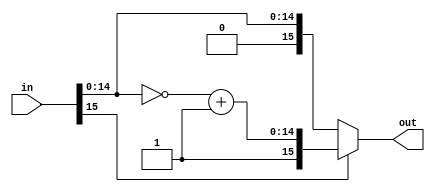
`timescale 1ns/1ps

/*********************************** twos complement of signed 16-bit numbers******************************************************/

module twos_complement(in,out);
  input [15:0] in;
  output [15:0] out;
  reg signed [15:0] out;
  reg signed [14:0] y;

  always @* begin
    if(in[15]==1'b1) begin
      y = ~(in)+1'b1;
      out = {1'b1,y};
    end
    else begin
      out <= in;
    end
  end

endmodule


/********************************inverse twos complement of signed 16-bit numbers***************************************************/

module inv_two(in ,out);
input [15:0] in;
output [15:0] out;
wire signed [15:0] in;
reg [14:0] y;
  reg [15:0] out;
  
  always @* begin
  if (in[15]==1) begin
    y = in-1;
    out = {1'b1,~y};
  end
  else begin
    out = in;
  end
  end

endmodule


/********************************************to show value in decimal value ,run in sep***********/
// module to_decimal;
  
//   reg signed [15:0] out0_real=16'b0001110000000000;
//   reg signed [15:0] out1_real=16'b1000010000000000;
//   reg signed [15:0] out2_real=16'b1000010000000000;
//   reg signed [15:0] out3_real=16'b1000010000000000; 
//   reg signed [15:0] out4_real=16'b1000010000000000;
//   reg signed [15:0] out5_real=16'b1000010000000000;
//   reg signed [15:0] out6_real=16'b1000010000000000;
//   reg signed [15:0] out7_real=16'b1000010000000000;
  
//   reg signed [15:0] out0_imag=16'b0000000000000000; 
//   reg signed [15:0] out1_imag=16'b0000100110101000; 
//   reg signed [15:0] out2_imag=16'b0000010000000000; 
//   reg signed [15:0] out3_imag=16'b0000000110101000; 
//   reg signed [15:0] out4_imag=16'b0000000000000000; 
//   reg signed [15:0] out5_imag=16'b1000000110101000; 
//   reg signed [15:0] out6_imag=16'b1000010000000000; 
//   reg signed [15:0] out7_imag=16'b1000100110101000; 



//   initial begin
//      $display("real part =%f and imaginary part=(%f) ",out0_real*2.0**-8,out0_imag*2.0**-8);
// 	 $display("real part =%f and imaginary part=(%f) ",out1_real*2.0**-8,out1_imag*2.0**-8);
// 	 $display("real part =%f and imaginary part=(%f) ",out2_real*2.0**-8,out2_imag*2.0**-8);
// 	 $display("real part =%f and imaginary part=(%f) ",out3_real*2.0**-8,out3_imag*2.0**-8);
// 	 $display("real part =%f and imaginary part=(%f) ",out4_real*2.0**-8,out4_imag*2.0**-8);
// 	 $display("real part =%f and imaginary part=(%f) ",out5_real*2.0**-8,out5_imag*2.0**-8);
// 	 $display("real part =%f and imaginary part=(%f) ",out6_real*2.0**-8,out6_imag*2.0**-8);
// 	 $display("real part =%f and imaginary part=(%f) ",out7_real*2.0**-8,out7_imag*2.0**-8);
	 
	 
//    end

//  endmodule




/***********************************main code******************************************************/

module eight_point_fft(CLK, RST_N, in0_real, in0_imag, in1_real, in1_imag, in2_real, in2_imag, in3_real, in3_imag, in4_real, in4_imag, in5_real, in5_imag, in6_real, in6_imag, in7_real, in7_imag, out0_real, out0_imag, out1_real, out1_imag, out2_real, out2_imag, out3_real, out3_imag, out4_real, out4_imag, out5_real, out5_imag, out6_real, out6_imag, out7_real, out7_imag  ,write, start, ready);

input CLK, RST_N, write, start;
input [15:0] in0_real, in0_imag, in1_real, in1_imag, in2_real, in2_imag, in3_real, in3_imag, in4_real, in4_imag, in5_real, in5_imag, in6_real, in6_imag, in7_real, in7_imag;
output [15:0] out0_real, out0_imag, out1_real, out1_imag, out2_real, out2_imag, out3_real, out3_imag, out4_real, out4_imag, out5_real, out5_imag, out6_real, out6_imag, out7_real, out7_imag;
output ready;

reg ready;

wire [15:0] in0_real, in0_imag, in1_real, in1_imag, in2_real, in2_imag, in3_real, in3_imag, in4_real, in4_imag, in5_real, in5_imag, in6_real, in6_imag, in7_real, in7_imag;
reg [15:0] out0_real, out0_imag, out1_real, out1_imag, out2_real, out2_imag, out3_real, out3_imag, out4_real, out4_imag, out5_real, out5_imag, out6_real, out6_imag, out7_real, out7_imag;
wire signed [15:0] in0_r, in1_r, in2_r, in3_r, in4_r, in5_r, in6_r, in7_r, in0_i, in1_i, in2_i, in3_i, in4_i, in5_i, in6_i, in7_i;
reg signed [15:0] x0_r, x1_r, x2_r, x3_r, x4_r, x5_r, x6_r, x7_r, x0_i, x1_i, x2_i, x3_i, x4_i, x5_i, x6_i, x7_i;
wire signed [15:0] e0_r, e1_r, e2_r, e3_r, e4_r, e5_r, e6_r, e7_r, e0_i, e1_i, e2_i, e3_i, e4_i, e5_i, e6_i, e7_i;
reg signed [15:0] X0_r, X1_r, X2_r, X3_r, X4_r, X5_r, X6_r, X7_r, X0_i, X1_i, X2_i, X3_i, X4_i, X5_i, X6_i, X7_i;
wire [15:0] out0_r, out1_r, out2_r, out3_r, out4_r, out5_r, out6_r, out7_r, out0_i, out1_i, out2_i, out3_i, out4_i, out5_i, out6_i, out7_i;

// We need to convert the signed 16-bit fixed point quantity inputs into their 2's complement

twos_complement two0(in0_real,in0_r);
twos_complement two1(in1_real,in1_r);
twos_complement two2(in2_real,in2_r);
twos_complement two3(in3_real,in3_r);
twos_complement two4(in4_real,in4_r);
twos_complement two5(in5_real,in5_r);
twos_complement two6(in6_real,in6_r);
twos_complement two7(in7_real,in7_r);
twos_complement two8(in0_imag,in0_i);
twos_complement two9(in1_imag,in1_i);
twos_complement two10(in2_imag,in2_i);
twos_complement two11(in3_imag,in3_i);
twos_complement two12(in4_imag,in4_i);
twos_complement two13(in5_imag,in5_i);
twos_complement two14(in6_imag,in6_i);
twos_complement two15(in7_imag,in7_i);

// We need to convert the  2's complement output values  into their signed 16-bit fixed point quantity 
/**************comment this block when you want that in two complement ***********/
inv_two invTwo0(X0_r,out0_r);
inv_two invTwo1(X1_r,out1_r);
inv_two invTwo2(X2_r,out2_r);
inv_two invTwo3(X3_r,out3_r);
inv_two invTwo4(X4_r,out4_r);
inv_two invTwo5(X5_r,out5_r);
inv_two invTwo6(X6_r,out6_r);
inv_two invTwo7(X7_r,out7_r);
inv_two invTwo8(X0_i,out0_i);
inv_two invTwo9(X1_i,out1_i);
inv_two invTwo10(X2_i,out2_i);
inv_two invTwo11(X3_i,out3_i);
inv_two invTwo12(X4_i,out4_i);
inv_two invTwo13(X5_i,out5_i);
inv_two invTwo14(X6_i,out6_i);
inv_two invTwo15(X7_i,out7_i);


// twos_complement invTwo0(X0_r,out0_r);
// twos_complement invTwo1(X1_r,out1_r);
// twos_complement invTwo2(X2_r,out2_r);
// twos_complement invTwo3(X3_r,out3_r);
// twos_complement invTwo4(X4_r,out4_r);
// twos_complement invTwo5(X5_r,out5_r);
// twos_complement invTwo6(X6_r,out6_r);
// twos_complement invTwo7(X7_r,out7_r);
// twos_complement invTwo8(X0_i,out0_i);
// twos_complement invTwo9(X1_i,out1_i);
// twos_complement invTwo10(X2_i,out2_i);
// twos_complement invTwo11(X3_i,out3_i);
// twos_complement invTwo12(X4_i,out4_i);
// twos_complement invTwo13(X5_i,out5_i);
// twos_complement invTwo14(X6_i,out6_i);
// twos_complement invTwo15(X7_i,out7_i);

// DIVIDE AND CONQUER APPROACH
// We will calculate  8-point FFT using 2 radix 4-point DFT  of even sequences and odd sequences and proceed

// 4-POINT DFT IS GIVEN AS :

// X(0) = x(0) +  x(1) + x(2) +  x(3)
// X(1) = x(0) - jx(1) + x(2) + jx(3)
// X(2) = x(0) - x(1)  + x(2) -  x(3)
// X(3) = x(0) - jx(1) + x(2) + jx(3)

// 4-POINT DFT OF x[0], x[2], x[4] & x[6] WILL BE :

assign e0_r = x0_r + x2_r + x4_r + x6_r;
assign e0_i = x0_i + x2_i + x4_i + x6_i;

assign e1_r = x0_r + x2_i - x4_r - x6_i;
assign e1_i = x0_i - x2_r - x4_i + x6_r;

assign e2_r = x0_r - x2_r + x4_r - x6_r;
assign e2_i = x0_i - x2_i + x4_i - x6_i;

assign e3_r = x0_r - x2_i - x4_r + x6_i;
assign e3_i = x0_i + x2_r - x4_i - x6_r;


// 4-POINT DFT OF x[1], x[3], x[5] & x[7] WILL BE :

assign e4_r = x1_r + x3_r + x5_r + x7_r;
assign e4_i = x1_i + x3_i + x5_i + x7_i;

assign e5_r = x1_r + x3_i - x5_r - x7_i;
assign e5_i = x1_i - x3_r - x5_i + x7_r;

assign e6_r = x1_r - x3_r + x5_r - x7_r;
assign e6_i = x1_i - x3_i + x5_i - x7_i;

assign e7_r = x1_r - x3_i - x5_r + x7_i;
assign e7_i = x1_i + x3_r - x5_i - x7_r;

localparam w18_stage3_1=16'b0000000101001010;

always @(posedge CLK) begin
if (~RST_N) begin
	ready <= 1'b0;
end
else begin
	if (write) begin

    // 2's complement of the inputs are given to x
		x0_r <= in0_r;
		x1_r <= in1_r;
		x2_r <= in2_r;
		x3_r <= in3_r;
		x4_r <= in4_r;
		x5_r <= in5_r;
		x6_r <= in6_r;
		x7_r <= in7_r;
		
		x0_i <= in0_i;
		x1_i <= in1_i;
		x2_i <= in2_i;
		x3_i <= in3_i;
		x4_i <= in4_i;
		x5_i <= in5_i;
		x6_i <= in6_i;
		x7_i <= in7_i;
	end
	
	if (start) begin
                
                // The outputs from radix4-point DFT in stage 1 are given as inputs in 2nd stage 

		            X0_r <= e0_r + e4_r;
                X0_i <= e0_i + e4_i;

                 X1_r <= e1_r + ((e5_r>>>1)+(e5_r>>>3)+(e5_r>>>4)+(e5_r>>>6)+(e5_r>>>8)) + ((e5_i>>>1)+(e5_i>>>3)+(e5_i>>>4)+(e5_i>>>6)+(e5_i>>>8));
                 X1_i <= e1_i + ((e5_i>>>1)+(e5_i>>>3)+(e5_i>>>4)+(e5_i>>>6)+(e5_i>>>8)) - ((e5_r>>>1)+(e5_r>>>3)+(e5_r>>>4)+(e5_r>>>6)+(e5_r>>>8));
				
		            // X1_r <= e1_r +(e5_r)*(w18_stage3_1) +(e5_i)*(w18_stage3_1);
                // X1_i <= e1_i + (e5_i*w18_stage3_1)  - (e5_r*w18_stage3_1);
                // $monitor("X1_i = %b \n w18_stage3_1 = %b ", X1_i,w18_stage3_1);

                X2_r <= e2_r + e6_i;
                X2_i <= e2_i - e6_r;

                X3_r <= e3_r - ((e7_r>>>1)+(e7_r>>>3)+(e7_r>>>4)+(e7_r>>>6)+(e7_r>>>8)) + ((e7_i>>>1)+(e7_i>>>3)+(e7_i>>>4)+(e7_i>>>6)+(e7_i>>>8));
                X3_i <= e3_i - ((e7_i>>>1)+(e7_i>>>3)+(e7_i>>>4)+(e7_i>>>6)+(e7_i>>>8)) - ((e7_r>>>1)+(e7_r>>>3)+(e7_r>>>4)+(e7_r>>>6)+(e7_r>>>8));
				
                // X3_r <= e3_r - (e7_r*w18_stage3_1) + (e7_i*w18_stage3_1);
                // X3_i <= e3_i - (e7_i*w18_stage3_1) - (e7_r*w18_stage3_1);

                X4_r <= e0_r - e4_r;
                X4_i <= e0_i - e4_i;

                X5_r <= e1_r - ((e5_r>>>1)+(e5_r>>>3)+(e5_r>>>4)+(e5_r>>>6)+(e5_r>>>8)) - ((e5_i>>>1)+(e5_i>>>3)+(e5_i>>>4)+(e5_i>>>6)+(e5_i>>>8));
                X5_i <= e1_i - ((e5_i>>>1)+(e5_i>>>3)+(e5_i>>>4)+(e5_i>>>6)+(e5_i>>>8)) + ((e5_r>>>1)+(e5_r>>>3)+(e5_r>>>4)+(e5_r>>>6)+(e5_r>>>8));

                // X5_r <= e1_r - (e5_r*w18_stage3_1) - (e5_i*w18_stage3_1);
                // X5_i <= e1_i - (e5_i*w18_stage3_1) + (e5_r*w18_stage3_1);

                X6_r <= e2_r - e6_i;
                X6_i <= e2_i + e6_r;

                X7_r <= e3_r + ((e7_r>>>1)+(e7_r>>>3)+(e7_r>>>4)+(e7_r>>>6)+(e7_r>>>8)) - ((e7_i>>>1)+(e7_i>>>3)+(e7_i>>>4)+(e7_i>>>6)+(e7_i>>>8));
                X7_i <= e3_i + ((e7_i>>>1)+(e7_i>>>3)+(e7_i>>>4)+(e7_i>>>6)+(e7_i>>>8)) + ((e7_r>>>1)+(e7_r>>>3)+(e7_r>>>4)+(e7_r>>>6)+(e7_r>>>8));

                // X7_r <= e3_r + (e7_r*w18_stage3_1) - (e7_i*w18_stage3_1);
                // X7_i <= e3_i + (e7_i*w18_stage3_1) + (e7_i*w18_stage3_1);

		// inverse 2's complement of the outputs X of FFT are given to output
/***uncomment for usual sign bit notations  and comment when you want in twos complement form for decimal conversion****************************************/
    out0_real = out0_r;
		out0_imag = out0_i;
		out1_real = out1_r;
		out1_imag = out1_i;
		out2_real = out2_r;
		out2_imag = out2_i;
		out3_real = out3_r;
		out3_imag = out3_i;
		out4_real = out4_r;
		out4_imag = out4_i;
		out5_real = out5_r;
		out5_imag = out5_i;
		out6_real = out6_r;
		out6_imag = out6_i;
		out7_real = out7_r;
		out7_imag = out7_i;

/**uncomment  for getting result in two complment form to convert into decimal form and comment when for usual sign bit notations***/
                // out0_real = b1_r;
                // out0_imag = b1_i;
                // out1_real = b2_r;
                // out1_imag = b2_i;
                // out2_real = b3_r;
                // out2_imag = b3_i;
                // out3_real = b4_r;
                // out3_imag = b4_i;
                // out4_real = b5_r;
                // out4_imag = b5_i;
                // out5_real = b6_r;
                // out5_imag = b6_i;
                // out6_real = b7_r;
                // out6_imag = b7_i;
                // out7_real = b8_r;
                // out7_imag = b8_i;  

		ready = 1'b1;
	end
end
end
endmodule